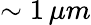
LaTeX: \sim 1\, \mu m